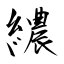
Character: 繷